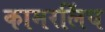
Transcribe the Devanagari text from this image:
कामरलिंघ